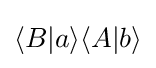
\langle B|a\rangle \langle A|b\rangle